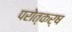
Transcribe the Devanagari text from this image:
परोत्कर्ष